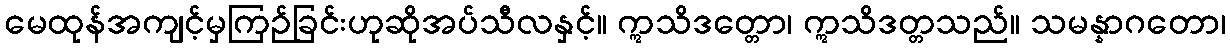
မေထုန်အကျင့်မှကြဉ်ခြင်းဟုဆိုအပ်သီလနှင့်။ ဣသိဒတ္တော၊ ဣသိဒတ္တသည်။ သမန္နာဂတော၊